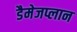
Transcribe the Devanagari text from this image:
डैमेजप्लान